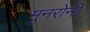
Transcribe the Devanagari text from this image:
मुनरोनी